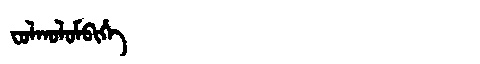
Manchu: ᠸᠣᠯᡴᠣᠯᠣᠮᠪᡳᡥᡝ
Romanization: FOLKOLOMBIHE